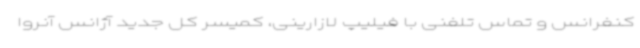
کنفرانس و تماس تلفنی با فیلیپ لازارینی، کمیسر کل جدید آژانس آنروا